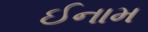
ઈનામ